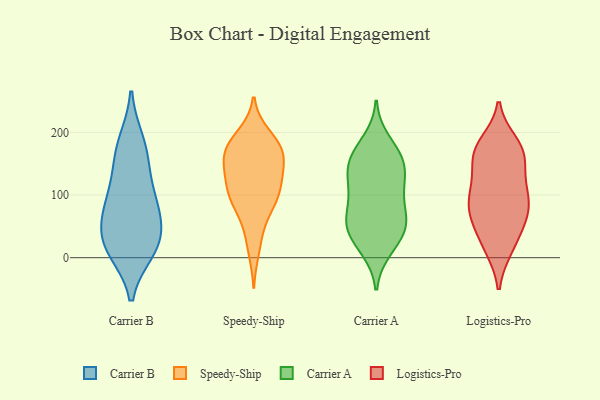
{"axis": {"x": "Shipments", "y": "Value"}, "legend": ["Carrier A", "Carrier B", "Logistics-Pro", "Speedy-Ship"], "data": [{"x": "", "y": 184, "type": "Carrier B"}, {"x": "", "y": 97, "type": "Carrier B"}, {"x": "", "y": 171, "type": "Carrier B"}, {"x": "", "y": 26, "type": "Carrier B"}, {"x": "", "y": 18, "type": "Carrier B"}, {"x": "", "y": 90, "type": "Carrier B"}, {"x": "", "y": 58, "type": "Carrier B"}, {"x": "", "y": 23, "type": "Carrier B"}, {"x": "", "y": 13, "type": "Carrier B"}, {"x": "", "y": 74, "type": "Carrier B"}, {"x": "", "y": 142, "type": "Carrier B"}, {"x": "", "y": 12, "type": "Speedy-Ship"}, {"x": "", "y": 122, "type": "Speedy-Ship"}, {"x": "", "y": 164, "type": "Speedy-Ship"}, {"x": "", "y": 81, "type": "Speedy-Ship"}, {"x": "", "y": 188, "type": "Speedy-Ship"}, {"x": "", "y": 179, "type": "Speedy-Ship"}, {"x": "", "y": 90, "type": "Speedy-Ship"}, {"x": "", "y": 112, "type": "Speedy-Ship"}, {"x": "", "y": 162, "type": "Speedy-Ship"}, {"x": "", "y": 112, "type": "Speedy-Ship"}, {"x": "", "y": 99, "type": "Speedy-Ship"}, {"x": "", "y": 196, "type": "Speedy-Ship"}, {"x": "", "y": 157, "type": "Speedy-Ship"}, {"x": "", "y": 143, "type": "Speedy-Ship"}, {"x": "", "y": 40, "type": "Speedy-Ship"}, {"x": "", "y": 128, "type": "Speedy-Ship"}, {"x": "", "y": 177, "type": "Speedy-Ship"}, {"x": "", "y": 79, "type": "Speedy-Ship"}, {"x": "", "y": 166, "type": "Speedy-Ship"}, {"x": "", "y": 162, "type": "Carrier A"}, {"x": "", "y": 56, "type": "Carrier A"}, {"x": "", "y": 13, "type": "Carrier A"}, {"x": "", "y": 19, "type": "Carrier A"}, {"x": "", "y": 54, "type": "Carrier A"}, {"x": "", "y": 161, "type": "Carrier A"}, {"x": "", "y": 151, "type": "Carrier A"}, {"x": "", "y": 59, "type": "Carrier A"}, {"x": "", "y": 100, "type": "Carrier A"}, {"x": "", "y": 187, "type": "Carrier A"}, {"x": "", "y": 127, "type": "Carrier A"}, {"x": "", "y": 54, "type": "Carrier A"}, {"x": "", "y": 54, "type": "Carrier A"}, {"x": "", "y": 141, "type": "Carrier A"}, {"x": "", "y": 111, "type": "Carrier A"}, {"x": "", "y": 162, "type": "Carrier A"}, {"x": "", "y": 34, "type": "Carrier A"}, {"x": "", "y": 118, "type": "Carrier A"}, {"x": "", "y": 85, "type": "Carrier A"}, {"x": "", "y": 171, "type": "Logistics-Pro"}, {"x": "", "y": 170, "type": "Logistics-Pro"}, {"x": "", "y": 162, "type": "Logistics-Pro"}, {"x": "", "y": 108, "type": "Logistics-Pro"}, {"x": "", "y": 16, "type": "Logistics-Pro"}, {"x": "", "y": 16, "type": "Logistics-Pro"}, {"x": "", "y": 66, "type": "Logistics-Pro"}, {"x": "", "y": 102, "type": "Logistics-Pro"}, {"x": "", "y": 81, "type": "Logistics-Pro"}, {"x": "", "y": 71, "type": "Logistics-Pro"}, {"x": "", "y": 61, "type": "Logistics-Pro"}, {"x": "", "y": 122, "type": "Logistics-Pro"}, {"x": "", "y": 76, "type": "Logistics-Pro"}, {"x": "", "y": 107, "type": "Logistics-Pro"}, {"x": "", "y": 31, "type": "Logistics-Pro"}, {"x": "", "y": 158, "type": "Logistics-Pro"}, {"x": "", "y": 182, "type": "Logistics-Pro"}, {"x": "", "y": 170, "type": "Logistics-Pro"}]}